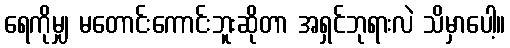
ရေကိုမျှ မတောင်းကောင်းဘူးဆိုတာ အရှင်ဘုရားလဲ သိမှာပေါ့။